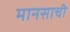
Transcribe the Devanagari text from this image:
मानसाची